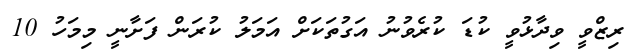
ރިޒްވީ ވިދާޅުވީ ކުޑަ ކުރެވުނު އަގުތަކަށް އަމަލު ކުރަން ފަށާނީ މިމަހު 10